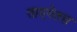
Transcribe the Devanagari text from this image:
ताएगेतस